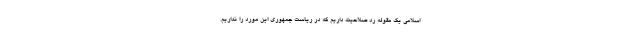
اسلامی یک مقوله رد صلاحیت داریم که در ریاست جمهوری این مورد را نداریم.